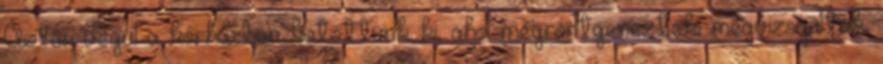
Aztán végül a kórházban kötöttünk ki, ahol megröntgeneztek, megvizsgáltak,